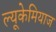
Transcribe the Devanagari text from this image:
ल्यूकेमियाज